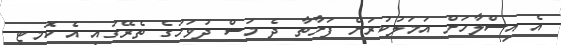
އެ އިސްލާހަށް އަމަލުކުރަން ފަށާތާ ދެ މަސް ދުވަހުގެ ތެރޭގައި އެ ކޮމިޓީ